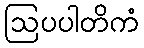
ဩပပါတိကံ